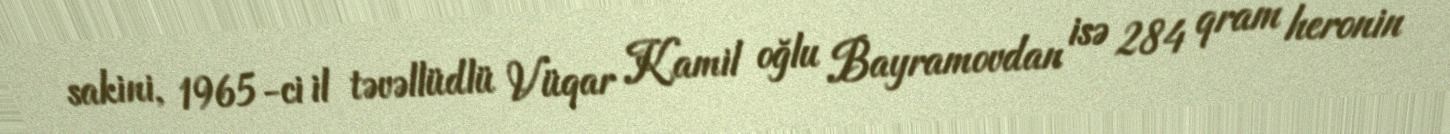
sakini, 1965-ci il təvəllüdlü Vüqar Kamil oğlu Bayramovdan isə 284 qram heronin